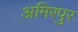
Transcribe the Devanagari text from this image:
अमिरपुर